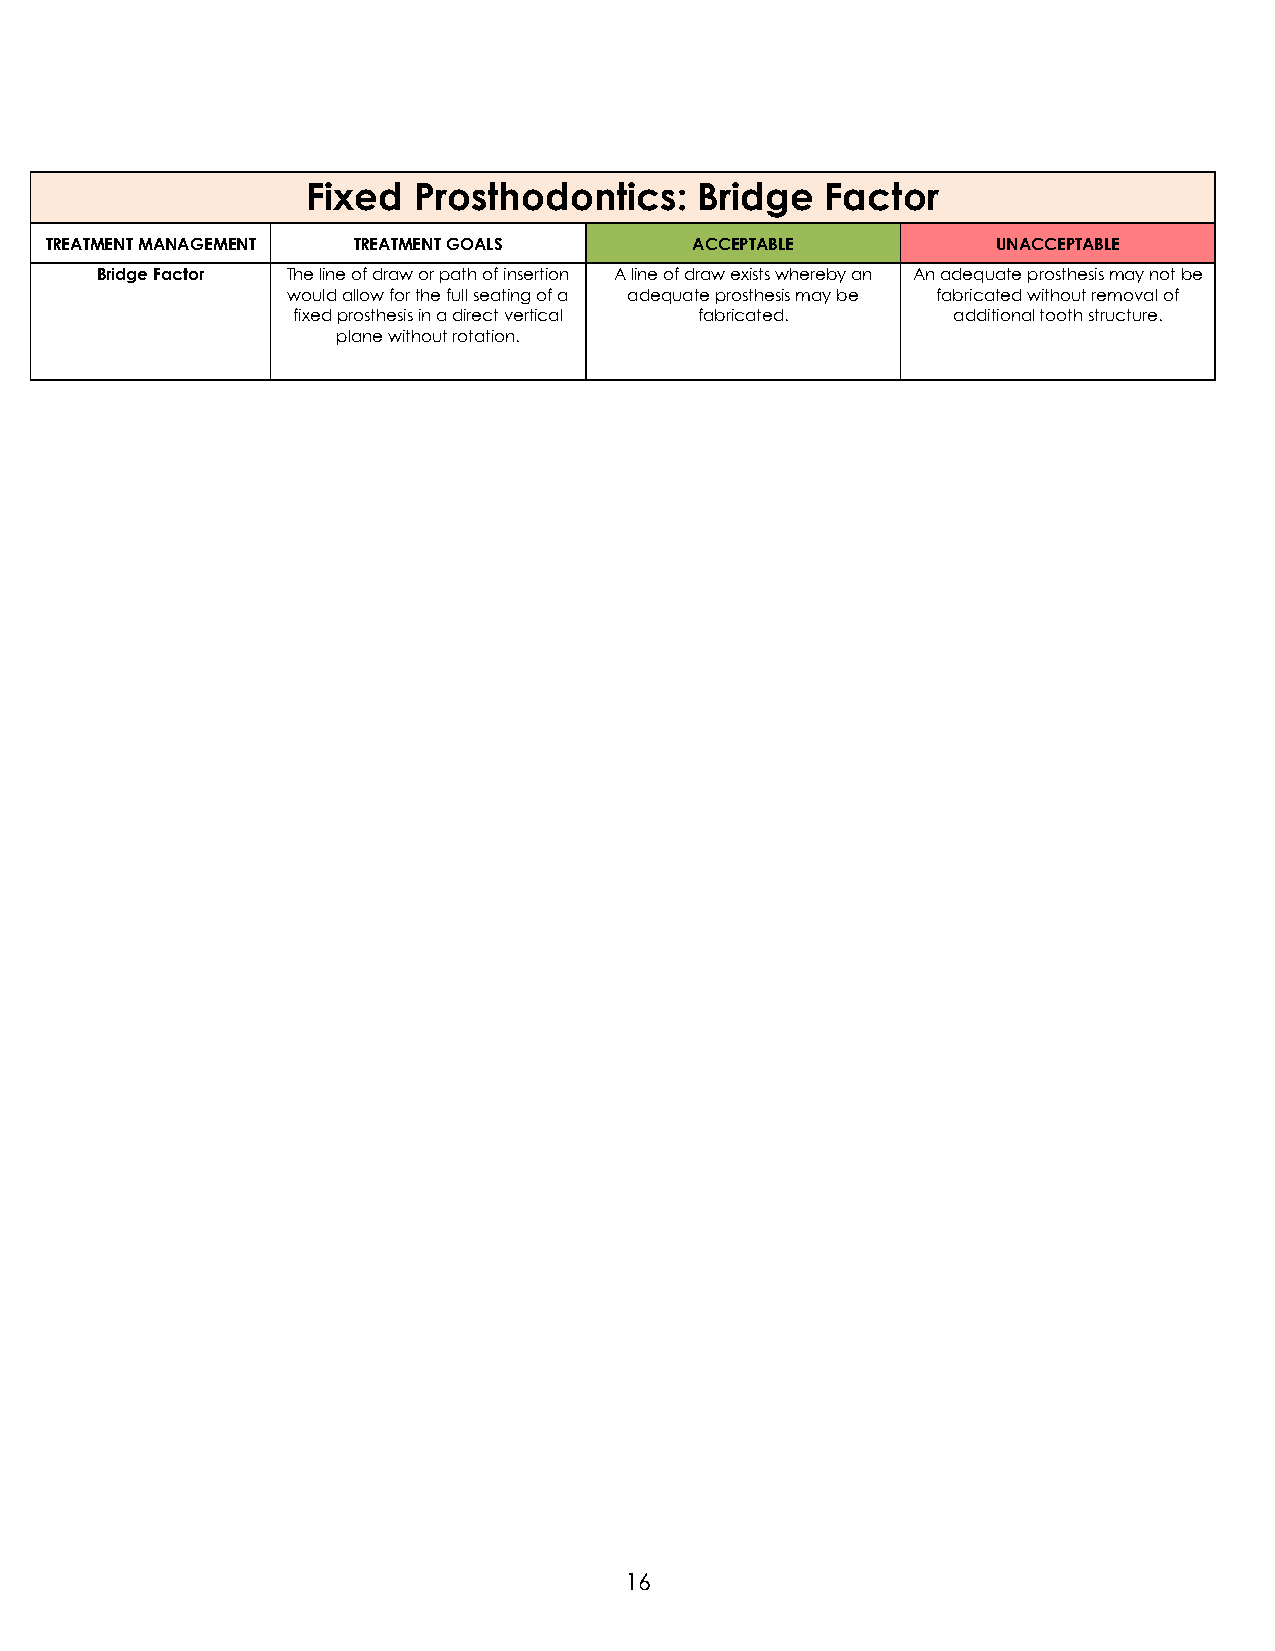
Fixed  Prosthodontics:    Bridge   Factor
 TREATMENT MANAGEMENT TREATMENT GOALS       ACCEPTABLE          UNACCEPTABLE
 Bridge Factor The line of draw or path of insertion A line of draw exists whereby an An adequate prosthesis may not be
 would allow for the full seating of a adequate prosthesis may be fabricated without removal of
 fixed prosthesis in a direct vertical fabricated. additional tooth structure.
 plane without rotation.
 16